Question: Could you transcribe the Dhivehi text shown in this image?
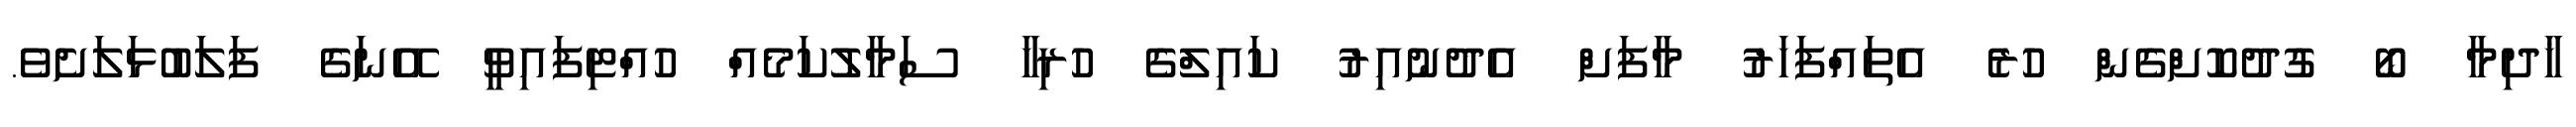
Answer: ޚާދިމާ ބޯ ގުދުކޮށްގެން ހުރެ އެތައްފަހަރު މާފަށް އެދުނުއިރު ކައިލްގެ ހުރިހާ ސަމާލުކަމެއް ހުއްޓިފައިވީ އޭނަގެ ފަލަބުޅަލަށެވެ.